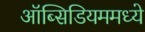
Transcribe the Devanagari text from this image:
ऑब्सिडियममध्ये